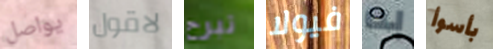
يواصل لاقول تبرح فيولا به بأسوأ